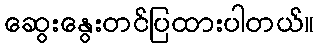
ဆွေးနွေးတင်ပြထားပါတယ်။